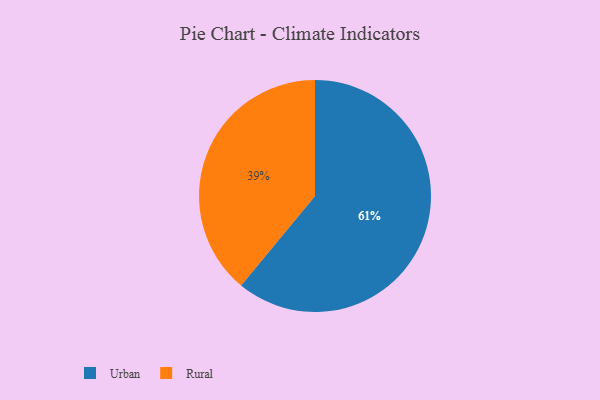
{"axis": {"x": "Category", "y": "Percentage"}, "legend": ["Rural", "Urban"], "data": [{"x": "Urban", "y": 61, "type": "Urban"}, {"x": "Rural", "y": 39, "type": "Rural"}]}